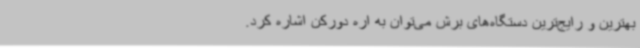
بهترین و رایج‌ترین دستگاه‌های برش می‌توان به اره دورکن‌ اشاره کرد.